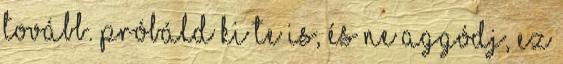
tovább. Próbáld ki te is, és ne aggódj, ez